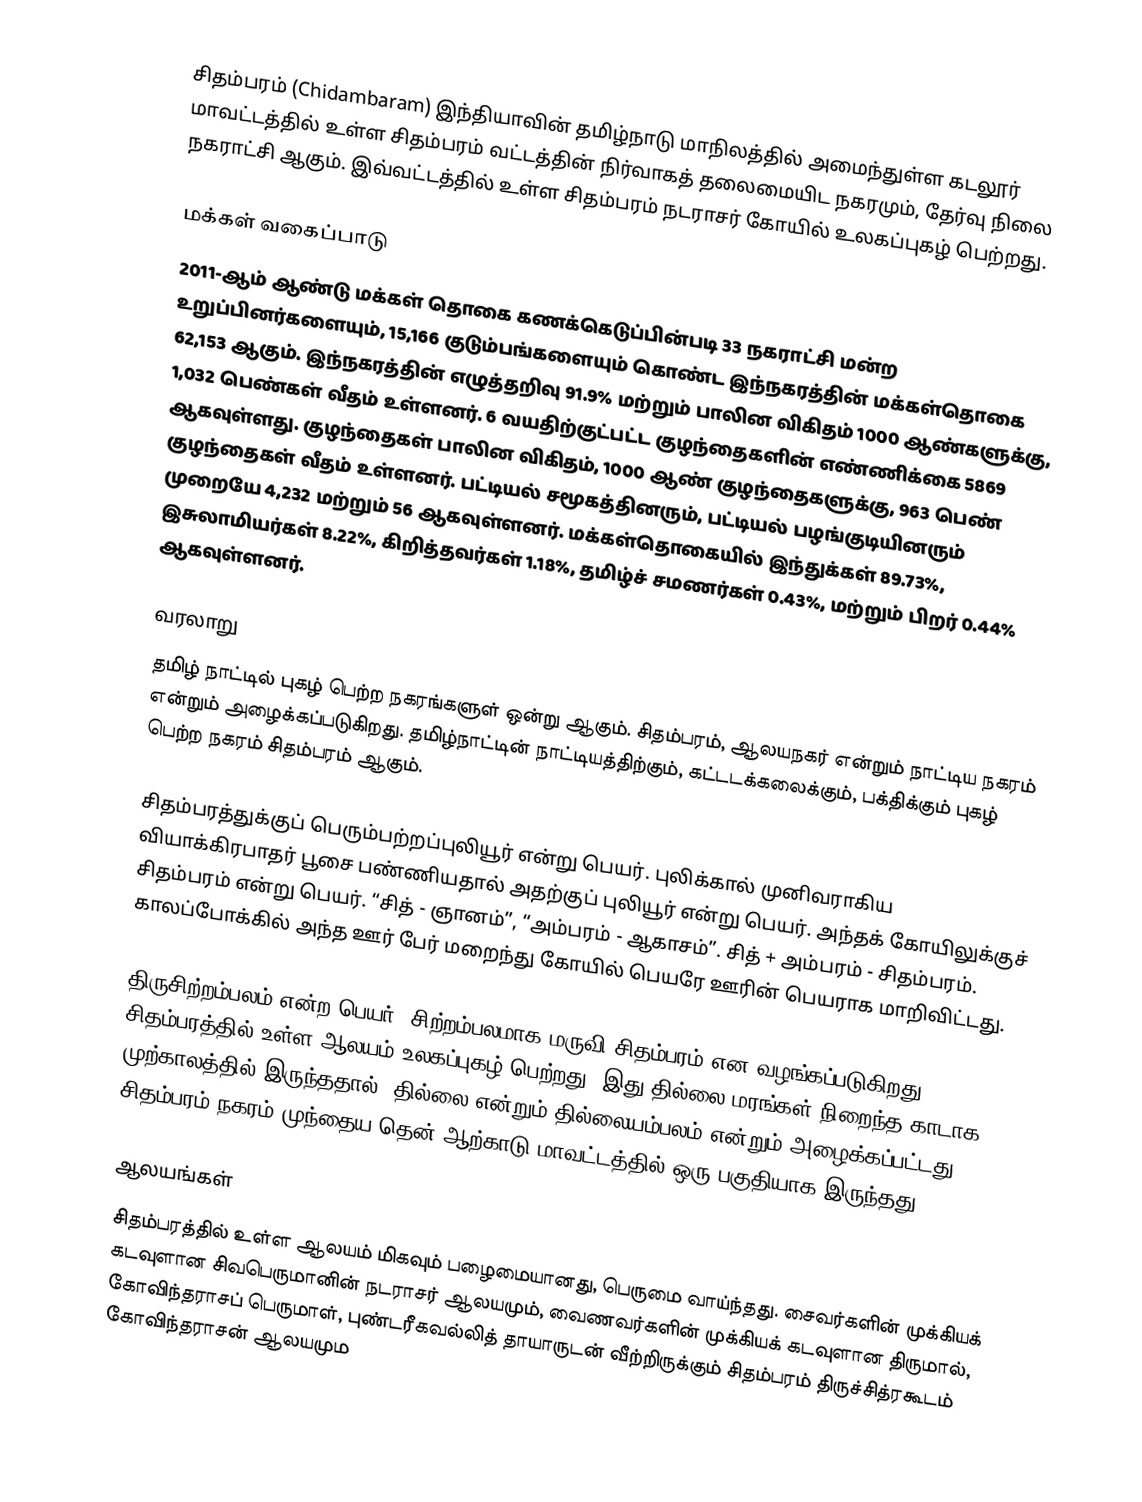
சிதம்பரம் (Chidambaram) இந்தியாவின் தமிழ்நாடு மாநிலத்தில் அமைந்துள்ள கடலூர் மாவட்டத்தில் உள்ள சிதம்பரம் வட்டத்தின் நிர்வாகத் தலைமையிட நகரமும், தேர்வு நிலை நகராட்சி ஆகும். இவ்வட்டத்தில் உள்ள சிதம்பரம் நடராசர் கோயில் உலகப்புகழ் பெற்றது.

மக்கள் வகைப்பாடு
2011-ஆம் ஆண்டு மக்கள் தொகை கணக்கெடுப்பின்படி 33 நகராட்சி மன்ற உறுப்பினர்களையும், 15,166 குடும்பங்களையும் கொண்ட இந்நகரத்தின் மக்கள்தொகை  62,153 ஆகும். இந்நகரத்தின் எழுத்தறிவு 91.9% மற்றும் பாலின விகிதம் 1000 ஆண்களுக்கு, 1,032 பெண்கள் வீதம் உள்ளனர். 6 வயதிற்குட்பட்ட குழந்தைகளின்  எண்ணிக்கை 5869 ஆகவுள்ளது. குழந்தைகள் பாலின விகிதம், 1000 ஆண் குழந்தைகளுக்கு, 963 பெண் குழந்தைகள் வீதம் உள்ளனர். பட்டியல் சமூகத்தினரும், பட்டியல் பழங்குடியினரும் முறையே 4,232 மற்றும் 56 ஆகவுள்ளனர். மக்கள்தொகையில் இந்துக்கள் 89.73%,  இசுலாமியர்கள் 8.22%, கிறித்தவர்கள் 1.18%, தமிழ்ச் சமணர்கள் 0.43%, மற்றும் பிறர் 0.44% ஆகவுள்ளனர்.

வரலாறு
தமிழ் நாட்டில் புகழ் பெற்ற நகரங்களுள் ஒன்று ஆகும். சிதம்பரம், ஆலயநகர் என்றும் நாட்டிய நகரம் என்றும் அழைக்கப்படுகிறது. தமிழ்நாட்டின்  நாட்டியத்திற்கும், கட்டடக்கலைக்கும், பக்திக்கும் புகழ் பெற்ற நகரம் சிதம்பரம் ஆகும்.

சிதம்பரத்துக்குப் பெரும்பற்றப்புலியூர் என்று பெயர். புலிக்கால் முனிவராகிய வியாக்கிரபாதர் பூசை பண்ணியதால் அதற்குப் புலியூர் என்று பெயர். அந்தக் கோயிலுக்குச் சிதம்பரம் என்று பெயர். “சித் - ஞானம்”, “அம்பரம் - ஆகாசம்”. சித் + அம்பரம் - சிதம்பரம். காலப்போக்கில் அந்த ஊர் பேர் மறைந்து கோயில் பெயரே ஊரின் பெயராக மாறிவிட்டது.

திருசிற்றம்பலம் என்ற பெயர், சிற்றம்பலமாக மருவி சிதம்பரம் என வழங்கப்படுகிறது. சிதம்பரத்தில் உள்ள ஆலயம் உலகப்புகழ் பெற்றது. இது தில்லை மரங்கள் நிறைந்த காடாக முற்காலத்தில் இருந்ததால், தில்லை என்றும் தில்லையம்பலம் என்றும் அழைக்கப்பட்டது. சிதம்பரம் நகரம் முந்தைய தென் ஆற்காடு மாவட்டத்தில் ஒரு பகுதியாக இருந்தது.

ஆலயங்கள்
சிதம்பரத்தில் உள்ள ஆலயம் மிகவும் பழைமையானது, பெருமை வாய்ந்தது. சைவர்களின் முக்கியக் கடவுளான சிவபெருமானின் நடராசர் ஆலயமும், வைணவர்களின் முக்கியக் கடவுளான திருமால், கோவிந்தராசப் பெருமாள், புண்டரீகவல்லித் தாயாருடன் வீற்றிருக்கும் சிதம்பரம் திருச்சித்ரகூடம் கோவிந்தராசன் ஆலயமும